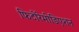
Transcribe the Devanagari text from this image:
फिटोरेमीडिएशन